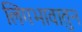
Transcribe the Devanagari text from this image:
लिंगभावातुन